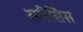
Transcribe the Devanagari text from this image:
स्पीसिस